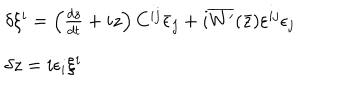
LaTeX: \begin{array} { l } { { \delta \xi ^ { i } = \left( { \frac { d z } { d t } } + i z \right) C ^ { i j } \bar { \epsilon } _ { j } + i \overline { { { W ^ { \prime } } } } ( \bar { z } ) \varepsilon ^ { i j } \epsilon _ { j } } } \\ { { \delta z = i \epsilon _ { i } \xi ^ { i } } } \\ \end{array}